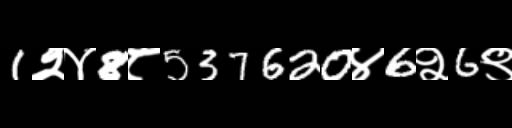
Text: 1२४8८537620४6२6९